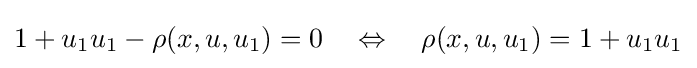
1+u_{1}u_{1}-\rho (x,u,u_{1})=0\quad \Leftrightarrow \quad \rho (x,u,u_{1})=1+u_{1}u_{1}